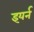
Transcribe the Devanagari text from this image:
इयर्न